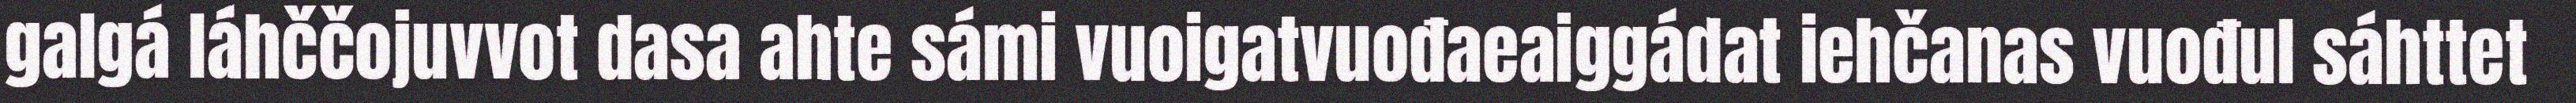
galgá láhččojuvvot dasa ahte sámi vuoigatvuođaeaiggádat iehčanas vuođul sáhttet